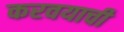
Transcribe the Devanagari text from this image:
करवयाची